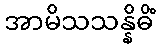
အာမိသသန္နိဓိံ